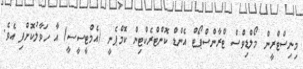
މިނިސްޓްރީން މޯލްޑިވްސް ޓްރާންސްޕޯޓް އެންޑް ކޮންޓްރެކްޓިން ކޮމްޕެނީ (އެމްޓީސީސީ) އާ ހަވާލުކޮށްފި އެވެ.